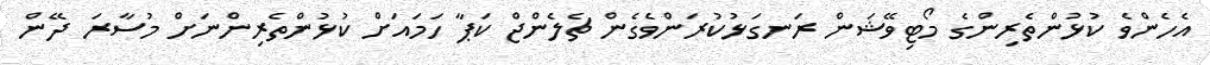
އެހެންވެ ކުޅުންތެރިންގެ މޯޓިވޭޝަން ރަނގަޅުކުރަންވެގެން ޗެލެންޖް ކަޕާ ހަމައަށް ކުޅުންތެރިންނަށް މުސާރަ ދޭން